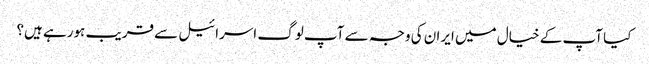
کیا آپ کے خیال میں ایران کی وجہ سے آپ لوگ اسرائیل سے قریب ہورہے ہیں؟